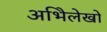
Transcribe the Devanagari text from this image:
अभिेलेखों